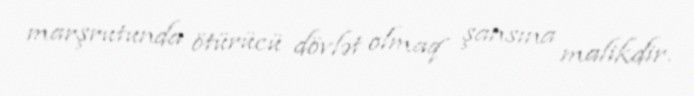
marşrutunda ötürücü dövlət olmaq şansına malikdir.